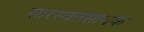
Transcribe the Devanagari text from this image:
सारस्वतसाधक